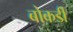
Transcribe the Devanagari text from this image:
बोकडी